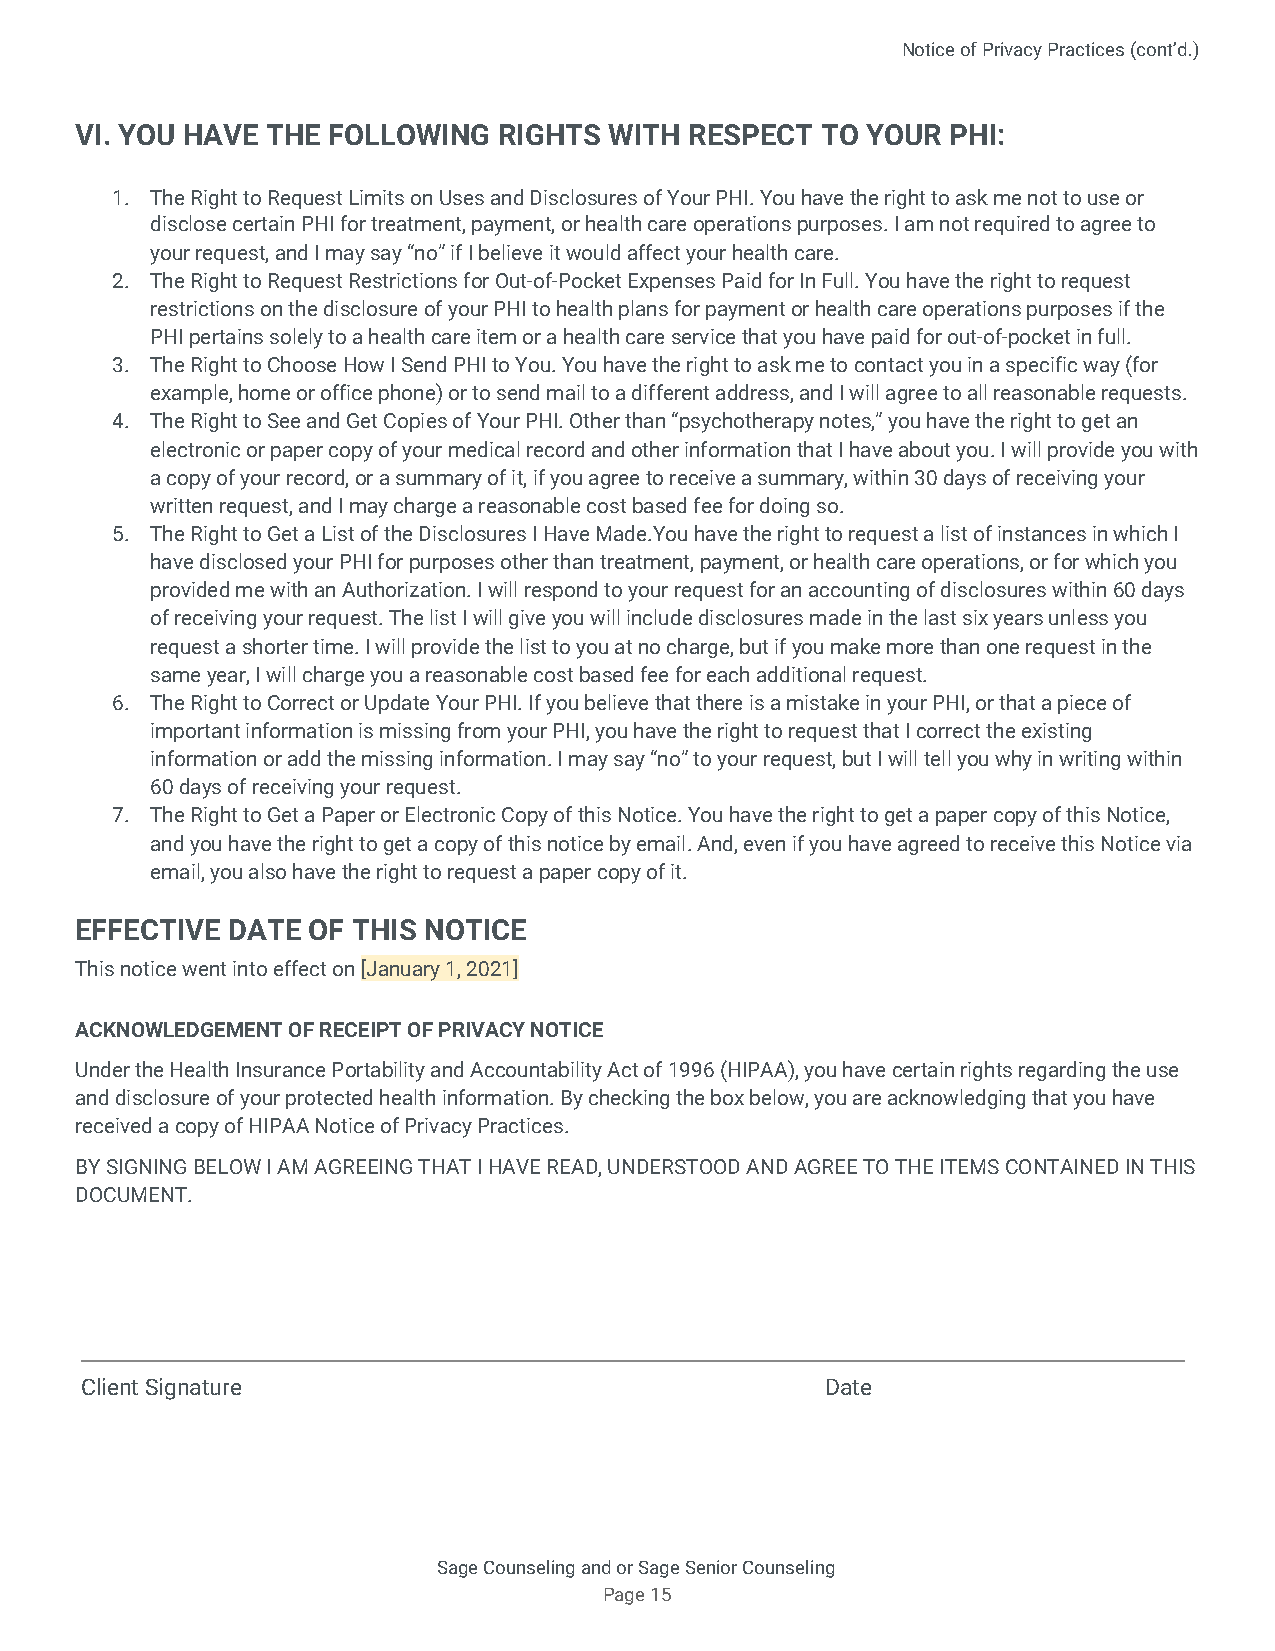
Notice of Privacy Practices (cont’d.)
 VI. YOU HAVE THE FOLLOWING  RIGHTS WITH  RESPECT TO YOUR  PHI:
 1. The Right to Request Limits on Uses and Disclosures of Your PHI. You have the right to ask me not to use or
 disclose certain PHI for treatment, payment, or health care operations purposes. I am not required to agree to
 your request, and I may say “no” if I believe it would affect your health care.
 2. The Right to Request Restrictions for Out-of-Pocket Expenses Paid for In Full. You have the right to request
 restrictions on the disclosure of your PHI to health plans for payment or health care operations purposes if the
 PHI pertains solely to a health care item or a health care service that you have paid for out-of-pocket in full.
 3. The Right to Choose How I Send PHI to You. You have the right to ask me to contact you in a specific way (for
 example, home or office phone) or to send mail to a different address, and I will agree to all reasonable requests.
 4. The Right to See and Get Copies of Your PHI. Other than “psychotherapy notes,” you have the right to get an
 electronic or paper copy of your medical record and other information that I have about you. I will provide you with
 a copy of your record, or a summary of it, if you agree to receive a summary, within 30 days of receiving your
 written request, and I may charge a reasonable cost based fee for doing so.
 5. The Right to Get a List of the Disclosures I Have Made.You have the right to request a list of instances in which I
 have disclosed your PHI for purposes other than treatment, payment, or health care operations, or for which you
 provided me with an Authorization. I will respond to your request for an accounting of disclosures within 60 days
 of receiving your request. The list I will give you will include disclosures made in the last six years unless you
 request a shorter time. I will provide the list to you at no charge, but if you make more than one request in the
 same year, I will charge you a reasonable cost based fee for each additional request.
 6. The Right to Correct or Update Your PHI. If you believe that there is a mistake in your PHI, or that a piece of
 important information is missing from your PHI, you have the right to request that I correct the existing
 information or add the missing information. I may say “no” to your request, but I will tell you why in writing within
 60 days of receiving your request.
 7. The Right to Get a Paper or Electronic Copy of this Notice. You have the right to get a paper copy of this Notice,
 and you have the right to get a copy of this notice by email. And, even if you have agreed to receive this Notice via
 email, you also have the right to request a paper copy of it.
 EFFECTIVE DATE OF THIS NOTICE
 This notice went into effect on [​January 1, 2021]
 ACKNOWLEDGEMENT OF RECEIPT OF PRIVACY NOTICE
 Under the Health Insurance Portability and Accountability Act of 1996 (HIPAA), you have certain rights regarding the use
 and disclosure of your protected health information. By checking the box below, you are acknowledging that you have
 received a copy of HIPAA Notice of Privacy Practices.
 BY SIGNING BELOW I AM AGREEING THAT I HAVE READ, UNDERSTOOD AND AGREE TO THE ITEMS CONTAINED IN THIS
 DOCUMENT.
 Client Signature                                  Date
 Sage Counseling and or Sage Senior Counseling
 Page 15